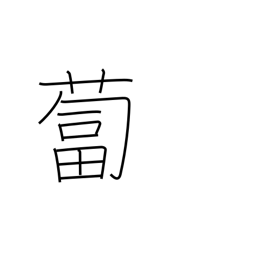
Meaning: daikon